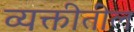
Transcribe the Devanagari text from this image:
व्यक्तीतील